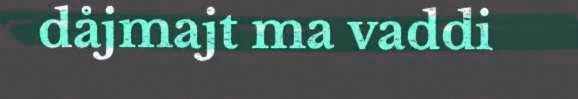
dåjmajt ma vaddi